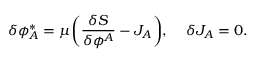
\delta \phi _ { A } ^ { * } = \mu \bigg ( \frac { \delta S } { \delta \phi ^ { A } } - J _ { A } \bigg ) , \; \; \; \; \delta J _ { A } = 0 .